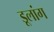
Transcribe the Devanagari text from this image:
डूलांग